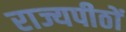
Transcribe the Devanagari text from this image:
राज्यपीठों